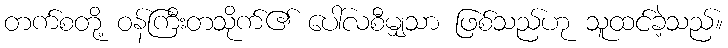
တက်စတို့ ဝန်ကြီးတသိုက်၏ ပေါ်လစီမျှသာ ဖြစ်သည်ဟု သူထင်ခဲ့သည်။